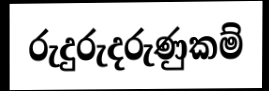
රුදුරුදරුණුකම්